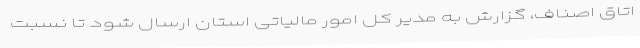
اتاق اصناف، گزارش به مدیر کل امور مالیاتی استان ارسال شود تا نسبت